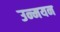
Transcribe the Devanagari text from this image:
उन्मयन